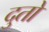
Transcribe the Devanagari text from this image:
दुतो